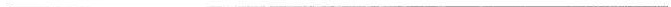
___